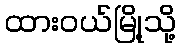
ထားဝယ်မြို့သို့